Rangoon Lunatic Asylum 1893-1897 - 1893-1897
Year: 1893
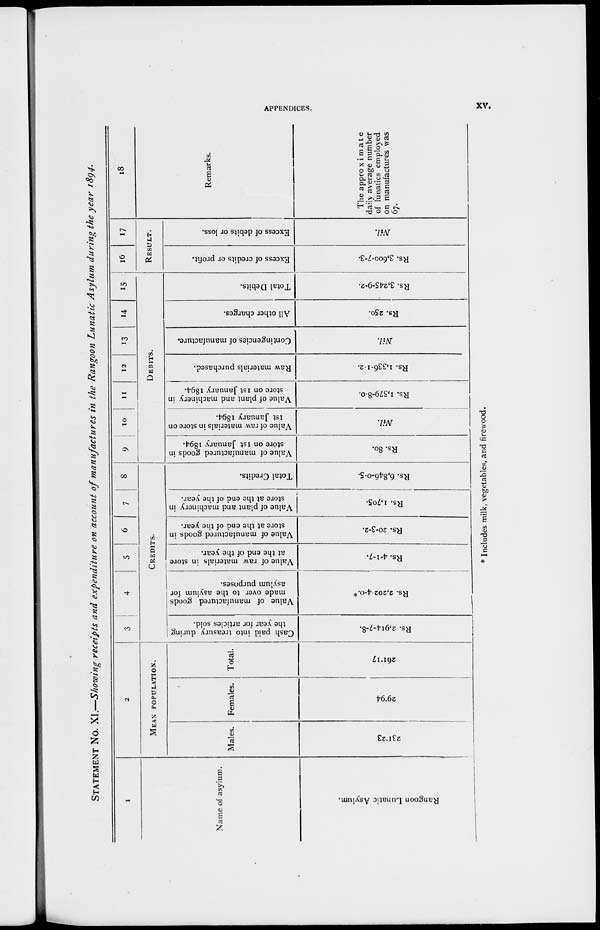
APPENDICES.
xv.
STATEMENT NO. XI.—Showing receipts and expenditure on account of manufactures in the Rangoon Lunatic Asylum during the year 1894.
1
Name of asylum.
Rangoon Lunatic Asylum.
2
MEAN POPULATION.
Males.
231.23
Females.
29.94
Total.
261.17
3
4
5
6
7
8
CREDITS.
Cash paid into treasury during
the year for articles sold.
Rs. 2,914-7-8.
Value of manufactured goods
made over to the asylum for
asylum purposes.
Rs. 2,202-4-0.*
Value of raw materials in store
at the end of the year.
Rs. 4-1-7.
Value of manufactured goods in
store at the end of the year.
Rs. 20-3-2.
Value of plant and machinery in
store at the end of the year.
Rs. 1,705.
Total Credits.
Rs. 6,846-0-5.
9 10
11
12
13
14
15
DEBITS.
Value of manufactured goods in
store on 1st January 1894.
Rs. 80.
Value of raw materials in store on
1st January 1894.
Nil.
Value of plant and machinery in
store on 1st January 1894.
Rs. 1,579-8.0.
Raw materials purchased.
Rs. 1,336-1-2.
Contingencies of manufacture.
Nil.
All other charges.
Rs. 250.
Total Debits.
Rs. 3,245-9-2.
16
17
RESULT.
Excess of credits or profit.
Rs. 3,600-7-3.
Excess of debits or loss.
Nil.
18
Remarks.
The approximate
daily average number
of lunatics employed
on manufactures was
67.
* Includes milk, vegetables, and firewood.